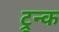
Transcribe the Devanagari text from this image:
ट्र्न्क